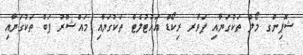
ޝޮޕިންގ މޯލް ތަކުގަޔާއި ޕަވާރ ރިކޯޑް އައުޓުލެޓް ތަކުގަޔާއި މައްޝޫރު ޕަބް ތަކުގަޔާއި